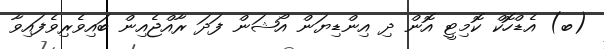
(ބ) އެޑްހޮކް ކޮމިޓީ އޮން ދި އިންޑިޔަން އޯޝަން ފަދަ ރާއްޖެއިން ބައިވެރިވެފައިވާ